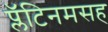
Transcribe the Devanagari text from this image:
प्लॅटिनमसह